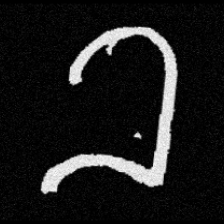
Pyu character \u2014 Myanmar letter: ခ (romanized: kha)